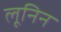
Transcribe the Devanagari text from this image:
लूनिन